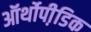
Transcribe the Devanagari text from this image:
ऑर्थोपी़डिक